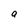
Character: a